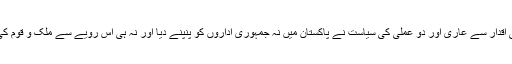
انہوں نے کہا کہ اخلاقی اقدار سے عاری اور دو عملی کی سیاست نے پاکستان میں نہ جمہوری اداروں کو پنپنے دیا اور نہ ہی اس رویے سے ملک و قوم کی کوئی خدمت ہو سکی۔